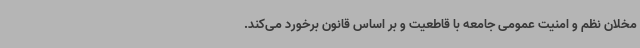
مخلان نظم و امنیت عمومی جامعه با قاطعیت و بر اساس قانون برخورد می‌کند.